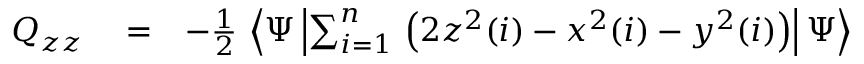
\begin{array} { r l r } { Q _ { z z } } & { { } = } & { - \frac { 1 } { 2 } \, \left< \Psi \left| \sum _ { i = 1 } ^ { n } \, \left( 2 z ^ { 2 } ( i ) - x ^ { 2 } ( i ) - y ^ { 2 } ( i ) \right) \right| \Psi \right> } \end{array}